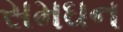
સમઘન